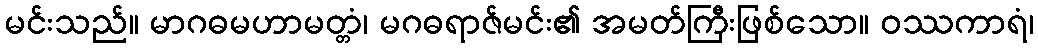
မင်းသည်။ မာဂဓမဟာမတ္တံ၊ မဂဓရာဇ်မင်း၏ အမတ်ကြီးဖြစ်သော။ ဝဿကာရံ၊